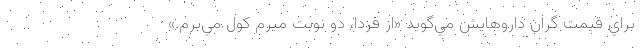
براي قيمت گران داروهايش مي‌گويد «از فردا، دو نوبت ميرم كول مي‌برم.»